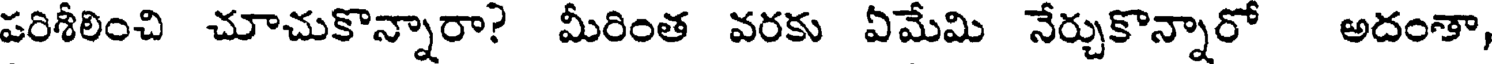
పరిశీలించి చూచుకొన్నారా? మీరింత వరకు ఏమేమి నేర్చుకొన్నారో అదంతా,